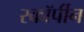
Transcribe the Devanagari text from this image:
स्कॉर्पीन